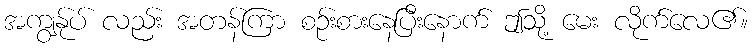
အကျွန်ုပ် လည်း အတန်ကြာ စဉ်းစားနေပြီးနောက် ဤသို့ မေး လိုက်လေ၏။